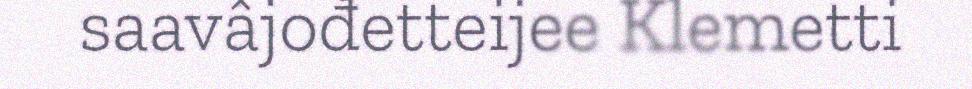
saavâjođetteijee Klemetti